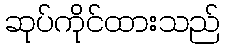
ဆုပ်ကိုင်ထားသည်